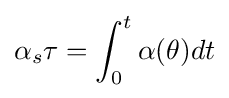
\alpha _{s}\tau =\int _{0}^{t}\alpha (\theta )dt